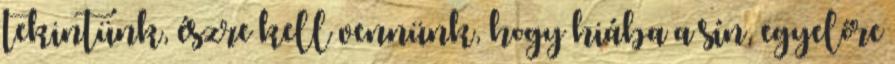
tekintünk, észre kell vennünk, hogy hiába a sín, egyelőre